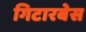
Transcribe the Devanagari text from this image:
गिटारबेस